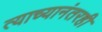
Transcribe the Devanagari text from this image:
त्याच्यानंतरही